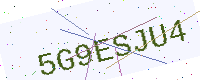
Text: 5G9ESJU4